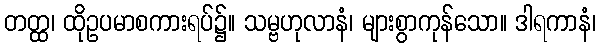
တတ္ထ၊ ထိုဥပမာစကားရပ်၌။ သမ္ဗဟုလာနံ၊ များစွာကုန်သော။ ဒါရကာနံ၊